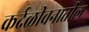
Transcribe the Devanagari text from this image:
कर्दळीवनातील